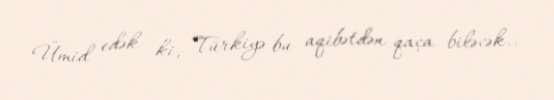
Ümid edək ki, Türkiyə bu aqibətdən qaça biləcək..